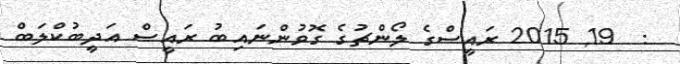
:  19